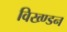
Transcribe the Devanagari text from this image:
विख्ण्डन